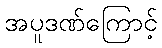
အပူဒဏ်ကြောင့်